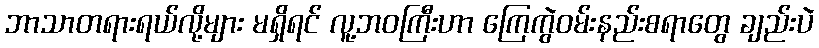
ဘာသာတရားရယ်လို့များ မရှိရင် လူ့ဘဝကြီးဟာ ကြေကွဲဝမ်းနည်းစရာတွေ ချည်းပဲ